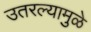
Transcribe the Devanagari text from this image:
उतरल्यामुळे